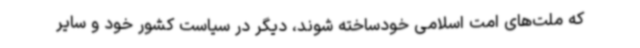
که ملت‌های امت اسلامی خودساخته شوند، دیگر در سیاست کشور خود و سایر